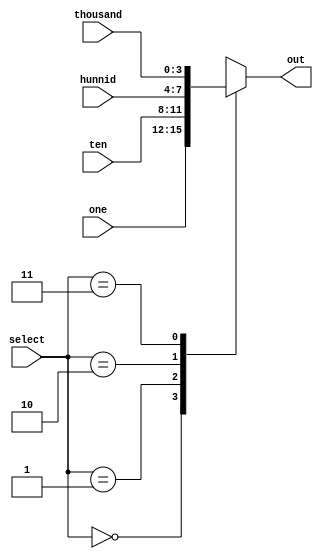
`timescale 1ns / 1ps
//////////////////////////////////////////////////////////////////////////////////
// Company: 
// Engineer: 
// 
// Design Name: 
// Module Name: mux
// Project Name: 
// Target Devices: 
// Tool Versions: 
// Description: 
// 
// Dependencies: 
// 
// Revision:
// Revision 0.01 - File Created
// Additional Comments:
// 
//////////////////////////////////////////////////////////////////////////////////


module mux(
   input [1:0] select,
    input [3:0] one,
    input [3:0] ten,
    input [3:0] hunnid,
    input [3:0] thousand,
    output reg [3:0] out
    );

always @(*)
begin
    case(select)
        2'b00: out <= one;
        2'b01: out <= ten;
        2'b10: out <= hunnid;
        2'b11: out <= thousand;
     endcase
end
endmodule